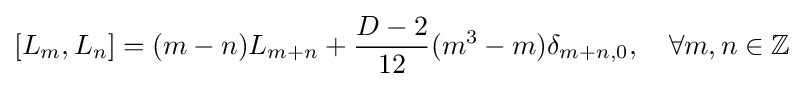
[L_{m},L_{n}]=(m-n)L_{m+n}+{\frac {D-2}{12}}(m^{3}-m)\delta _{m+n,0},\quad \forall m,n\in \mathbb {Z}